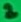
Text: 2